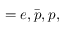
= e , \bar { p } , p ,